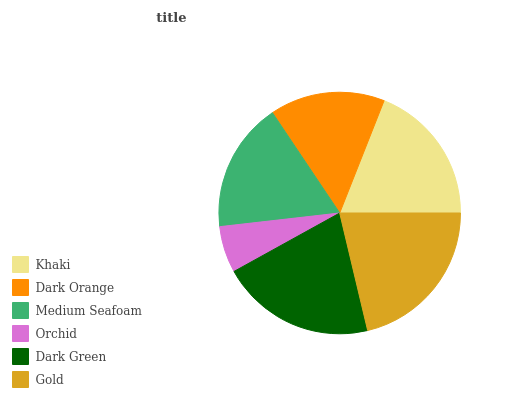
| Khaki | Dark Orange | Medium Seafoam | Orchid | Dark Green | Gold |
 | --- | --- | --- | --- | --- | --- |
 | 19% | 15.4% | 17.4% | 6.24% | 20.7% | 21.3% |